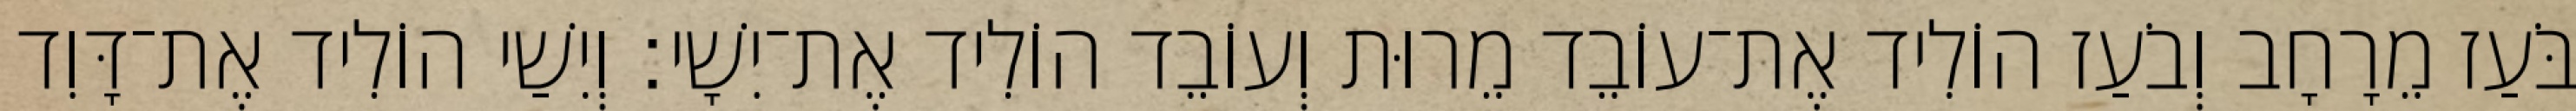
בֹּעַז מֵרָחָב וְבֹעַז הוֹלִיד אֶת־עוֹבֵד מֵרוּת וְעוֹבֵד הוֹלִיד אֶת־יִשָׁי׃ וְיִשַׁי הוֹלִיד אֶת־דָּוִד